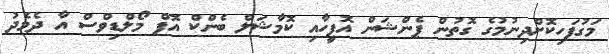
މަގުފަހިކޮށްދިނުމުގެ ގޮތުން ޕެންޝަން އޮފީހާއި ކޮމާޝަލް ބެންކް އޮފް މޯލްޑިވްސް އާ ދެމެދު